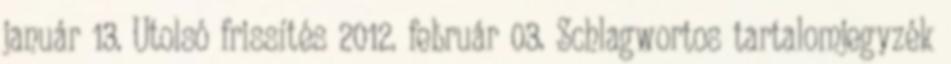
január 13. Utolsó frissítés 2012. február 03. Schlagwortos tartalomjegyzék